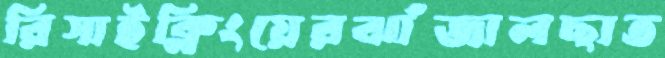
রিসাইক্লিংয়েরঝাঁজালছাত